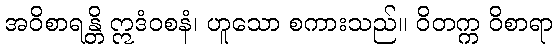
အဝိစာရန္တိ ဣဒံဝစနံ၊ ဟူသော စကားသည်။ ဝိတက္က ဝိစာရာ